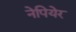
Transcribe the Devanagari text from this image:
नेपियेर